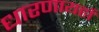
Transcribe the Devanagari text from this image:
धारणायहाँ